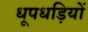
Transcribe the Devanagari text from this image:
धूपधड़ियों